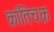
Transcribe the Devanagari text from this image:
क्रांतिचक्र